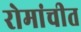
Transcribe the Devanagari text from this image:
रोमांचीत